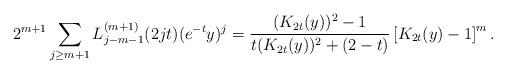
LaTeX: \begin{align*}2^{m+1}\sum_{j \geq m+1}L_{j-m-1}^{(m+1)}(2jt)(e^{-t}y)^j = \frac{(K_{2t}(y))^2-1}{t(K_{2t}(y))^2 + (2-t)}\left[K_{2t}(y)-1\right]^{m}.\end{align*}